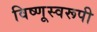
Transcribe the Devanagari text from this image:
विष्णूस्वरूपी